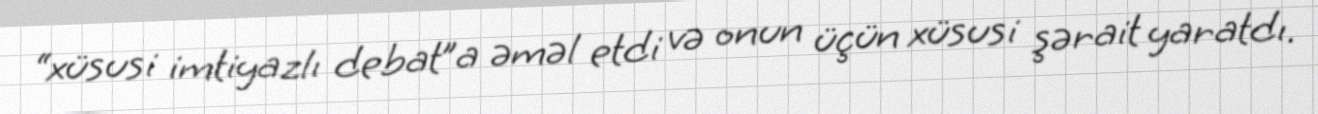
“xüsusi imtiyazlı debat”a əməl etdi və onun üçün xüsusi şərait yaratdı.